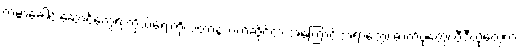
ကမ္ဘာ့ခေါင်းဆောင်တွေရဲ့ ကိုယ်ရေးကိုယ်တာနဲ့သက်ဆိုင်တဲ့ အကြောင်းအရာတွေ၊ ဓာတ်ပုံတွေ၊ ဗီဒီယိုတွေက